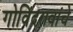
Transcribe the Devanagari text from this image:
गोविंदरावांचे